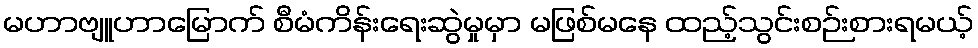
မဟာဗျူဟာမြောက် စီမံကိန်းရေးဆွဲမှုမှာ မဖြစ်မနေ ထည့်သွင်းစဉ်းစားရမယ့်